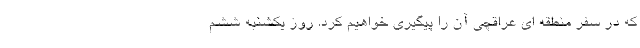
که در سفر منطقه ای عراقچی آن را پیگیری خواهیم کرد. روز یکشنبه ششم